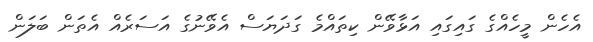
އެހެން މީހެއްގެ ގައިގައި އަޅާވޭން ކިތައްމެ ގަދަޔަސް އެވޭނުގެ އަސަރެއް އެތަން ބަލަން